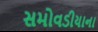
સમોવડીયાના